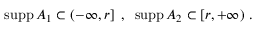
\mathrm { s u p p } \, A _ { 1 } \subset ( - \infty , r ] \, \, \, , \, \, \, \mathrm { s u p p } \, A _ { 2 } \subset [ r , + \infty ) \, \, .